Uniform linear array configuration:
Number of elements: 8
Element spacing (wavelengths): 0.25
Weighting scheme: kaiser
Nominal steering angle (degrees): -60
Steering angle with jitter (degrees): -58.364
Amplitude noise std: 0.05
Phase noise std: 0.05

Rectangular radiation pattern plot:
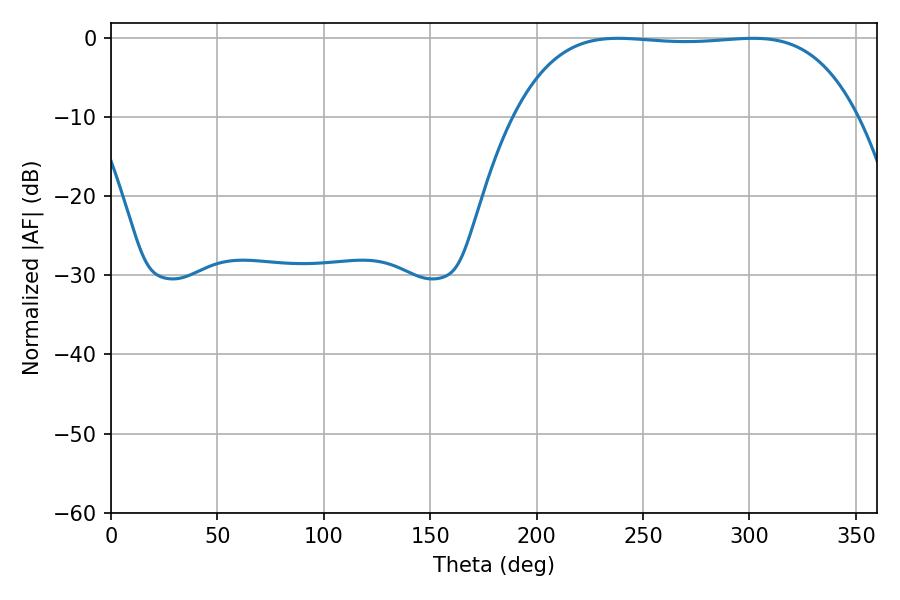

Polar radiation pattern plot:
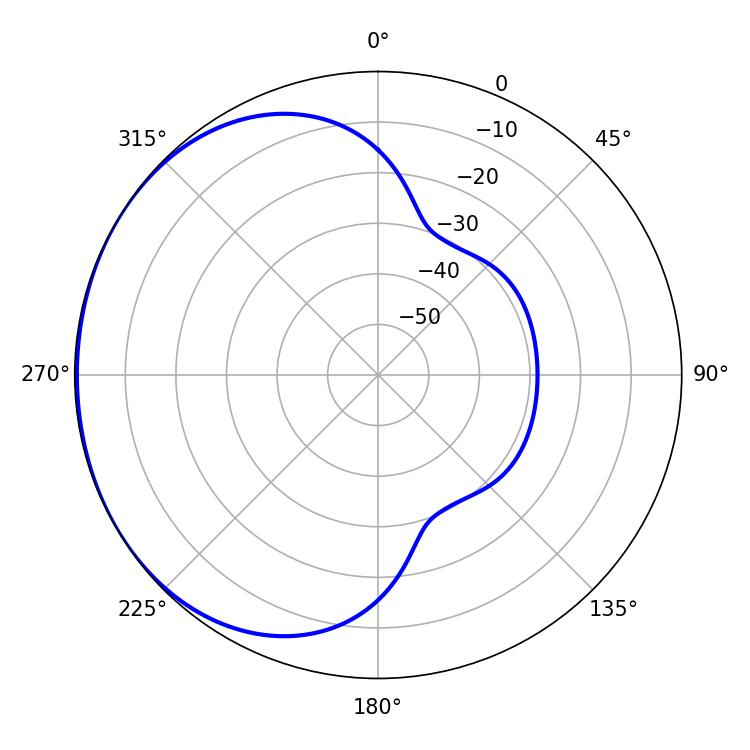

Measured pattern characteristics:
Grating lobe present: FALSE
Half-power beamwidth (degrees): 125.64
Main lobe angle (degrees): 238.32